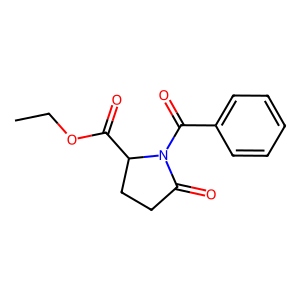
SMILES: CCOC(=O)C1CCC(=O)N1C(=O)c1ccccc1
Inhibits HIV replication: No